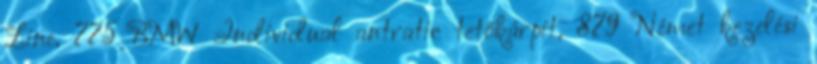
Line, 775 BMW Individual antratic tetőkárpit, 879 Német kezelési